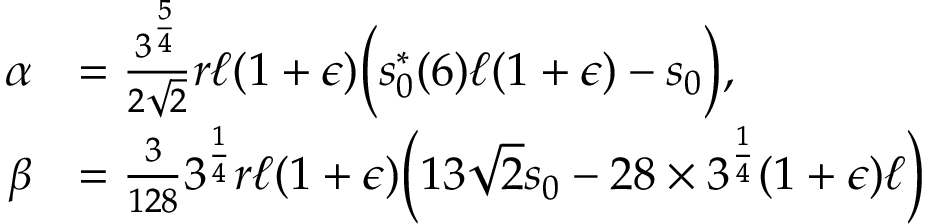
\begin{array} { r l } { \alpha } & { = \frac { 3 ^ { \frac { 5 } { 4 } } } { 2 \sqrt { 2 } } r \ell ( 1 + \epsilon ) \bigg ( s _ { 0 } ^ { * } ( 6 ) \ell ( 1 + \epsilon ) - s _ { 0 } \bigg ) , } \\ { \beta } & { = \frac { 3 } { 1 2 8 } 3 ^ { \frac { 1 } { 4 } } r \ell ( 1 + \epsilon ) \bigg ( 1 3 \sqrt { 2 } s _ { 0 } - 2 8 \times 3 ^ { \frac { 1 } { 4 } } ( 1 + \epsilon ) \ell \bigg ) } \end{array}